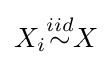
X_{i}{\overset {iid}{\sim }}X